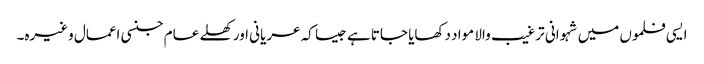
ایسی فلموں میں شہوانی ترغیب والا مواد دکھایا جاتا ہے جیسا کہ عریانی اور کھلے عام جنسی اعمال وغیرہ۔